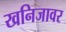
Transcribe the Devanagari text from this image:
खनिजावर